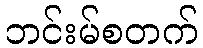
ဘင်းမ်စတက်